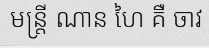
មន្ត្រី ណាន ហៃ គឺ ចាវ